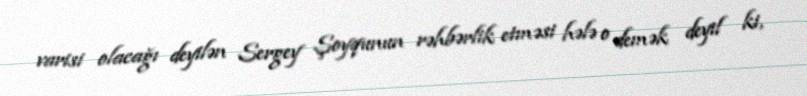
varisi olacağı deyilən Sergey Şoyqunun rəhbərlik etməsi hələ o demək deyil ki,